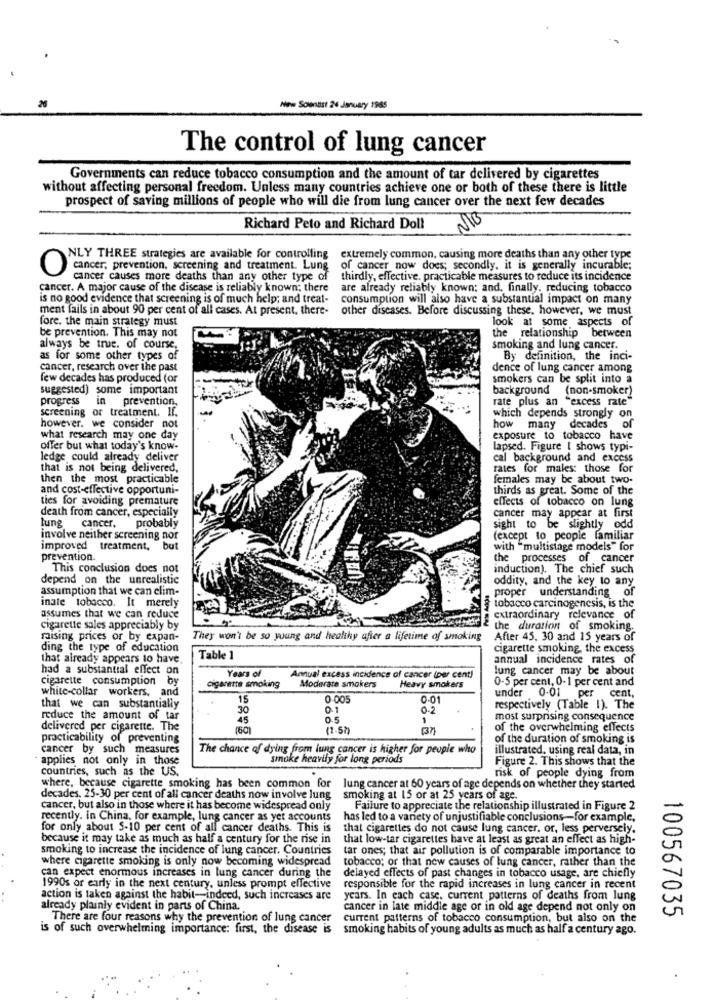
New Soundist 24 January 1985
The control of lung cancer
Governments can reduce tobacco consumption and the amount of tar delivered by cigarettes
without affecting personal freedom. Unless many countries achieve one or both of these there is little
prospect of saving millions of people who will die from lung cancer over the next few decades
Richard Peto and Richard Doll
NLY THREE strategies are available for controlling extremely common, causing more deaths than any other type
cancer, prevention, screening and treatment. Lung
of cancer now does; secondly, it is generally incurable;
cancer causes more deaths than any other type of thirdly, effective. practicable measures to reduce its incidence
cancer. A major cause of the disease is reliably known; there
are already reliably known; and, finally, reducing tobacco
is no good evidence that screening is of much help; and treat-
consumption will also have a substantial impact on many
ment fails in about 90 per cent of all cases. At present, there-
other diseases. Before discussing these, however, we must
fore. the main strategy must
look at some aspects of
be prevention. This may not
the relationship between
always be true. of course,
smoking and lung cancer.
as for some other types of
By definition, the inci-
cancer, research over the past
dence of lung cancer among
few decades has produced (or
smokers can be split into a
suggested) some important
background (non-smoker)
progress
in prevention.
rate plus an "excess rate"
screening or treatment. If.
which depends strongly on
however. we consider not
how many decades of
what research may one day
exposure to tobacco have
offer but what today's know-
lapsed. Figure [ shows typi-
ledge could already deliver
cal background and excess
that is not being delivered,
rates for males: those for
then the most practicable
females may be about two-
and cost-effective opportuni-
thirds as great. Some of the
ties for avoiding premature
effects of tobacco on lung
death from cancer, especially
cancer may appear at first
lung cancer,
probably
sight to be slightly odd
involve neither screening nor
(except to people familiar
improved treatment, but
with "multistage models" for
prevention.
the processes of cancer
. This conclusion does not
induction). The chief such
depend on the unrealistic
oddity, and the key to any
assumption that we can clim-
proper understanding of
inate tobacco. It merely
tobacco carcinogenesis, is the
assumes that we can reduce
extraordinary relevance of
cigarette sales appreciably by
the duration of smoking.
maising prices or by expan-
They won't be so young and healthy after a lifetime of smoking
After 45, 30 and 15 years of
ding the type of education
cigarette smoking, the excess
that already appears to have
Table 1
annual incidence rates of
had a substantial effect on
lung cancer may be about
cigarette consumption by
Years of
Annual excess incidence of cancer (per cent)
Heavy smokers
0-5 per cent, 0- 1 per cent and
white-collar workers, and
cigarette smoking
Moderate smokers
19
0.005
0-01
under 0.01 per cent,
that we can substantially
30
0-1
0.2
respectively (Table 1). The
reduce the amount of tar
45
0.5
,
most surprising consequence
delivered per cigarette. The
(37)
of the overwhelming effects
practicability of preventing
of the duration of smoking is
cancer by such measures
The chance of dying from lung cancer is higher for people who
illustrated. using real data, in
· applies not only in those
smoke heavily for long periods
Figure 2. This shows that the
countries, such as the US.
risk of people dying from
where, because cigarette smoking has been common for
lung cancer at 60 years of age depends on whether they started
decades, 25-30 per cent of all cancer deaths now involve lung
smoking at 15 or at 25 years of age.
cancer, but also in those where it has become widespread only
Failure to appreciate the relationship illustrated in Figure 2
recently. in China, for example, lung cancer as yet accounts
has led to a variety of unjustifiable conclusions-for example,
for only about 5-10 per cent of all cancer deaths. This is
that cigarettes do not cause lung cancer, or, less perversely.
because it may take as much as half a century for the rise in
that low-tar cigarettes have at least as great an effect as high-
smoking to increase the incidence of lung cancer. Countries
tar ones; that air pollution is of comparable importance to
where cigarette smoking is only now becoming widespread
tobacco; or that new causes of lung cancer, rather than the
can expect enormous increases in lung cancer during the
delayed effects of past changes in tobacco usage, are chiefly
1990s or early in the next century, unless prompt effective
responsible for the rapid increases in lung cancer in recent
action is taken against the habit-indeed, such increases are
years. In each case, current patterns of deaths from lung
already plainly evident in parts of China.
cancer in late middle age or in old age depend not only on
There are four reasons why the prevention of lung cancer
current patterns of tobacco consumption, but also on the
100567035
is of such overwhelming importance: first, the disease is
smoking habits of young adults as much as half a century ago.